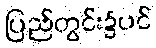
ပြည်တွင်း၌ပင်